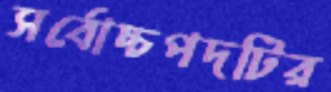
সর্বোচ্চপদটির